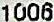
1006